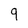
Character: 9